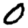
Digit: 0